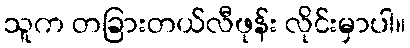
သူက တခြားတယ်လီဖုန်း လိုင်းမှာပါ။